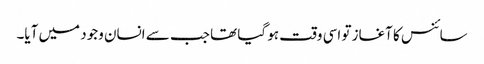
سائنس کا آغاز تو اسی وقت ہو گیا تھا جب سے انسان وجود میں آیا۔